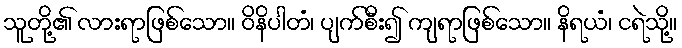
သူတို့၏ လားရာဖြစ်သော။ ဝိနိပါတံ၊ ပျက်စီး၍ ကျရာဖြစ်သော။ နိရယံ၊ ငရဲသို့။